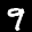
Label: 9